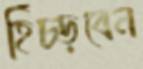
হিঁচ্‌ড়বেন